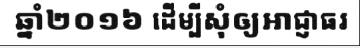
ឆ្នាំ២០១៦ ដើម្បីសុំឲ្យអាជ្ញាធរ